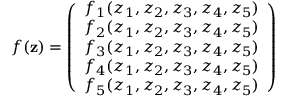
{ f } ( { \bf z } ) = \left( \begin{array} { l } { f _ { 1 } ( z _ { 1 } , z _ { 2 } , z _ { 3 } , z _ { 4 } , z _ { 5 } ) } \\ { f _ { 2 } ( z _ { 1 } , z _ { 2 } , z _ { 3 } , z _ { 4 } , z _ { 5 } ) } \\ { f _ { 3 } ( z _ { 1 } , z _ { 2 } , z _ { 3 } , z _ { 4 } , z _ { 5 } ) } \\ { f _ { 4 } ( z _ { 1 } , z _ { 2 } , z _ { 3 } , z _ { 4 } , z _ { 5 } ) } \\ { f _ { 5 } ( z _ { 1 } , z _ { 2 } , z _ { 3 } , z _ { 4 } , z _ { 5 } ) } \end{array} \right)